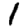
Digit: 1